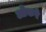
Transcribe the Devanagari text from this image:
ओकरे